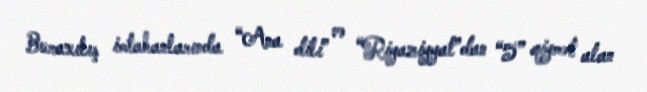
Buraxılış imtahanlarında “Ana dili” və “Riyaziyyat”dan “5” qiymət alan